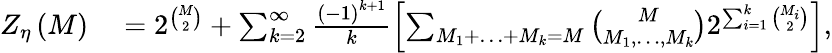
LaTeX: \begin{array}{rl}{Z_{\eta}\left(M\right)}&{{}=2^{\binom{M}{2}}+\sum_{k=2}^{\infty}\frac{\left(-1\right)^{k+1}}{k}\left[\sum_{M_{1}+\ldots+M_{k}=M}\binom{M}{M_{1},\ldots,M_{k}}2^{\sum_{i=1}^{k}\binom{M_{i}}{2}}\right],}\end{array}